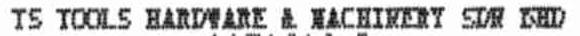
TS TOOLS HARDWARE & MACHINERY SDN BHD